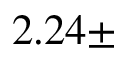
2 . 2 4 \pm